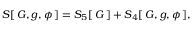
S [ \, G , g , \phi \, ] = S _ { 5 } [ \, G \, ] + S _ { 4 } [ \, G , g , \phi \, ] ,